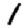
Digit: 1